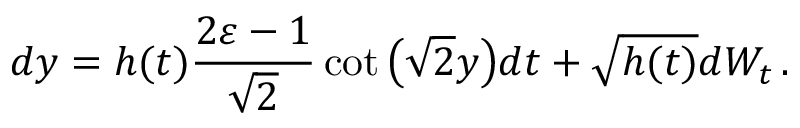
d y = h ( t ) \frac { 2 \varepsilon - 1 } { \sqrt { 2 } } \cot \big ( \sqrt { 2 } y \big ) d t + \sqrt { h ( t ) } d W _ { t } \, .